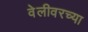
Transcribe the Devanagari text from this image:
वेलीवरच्या